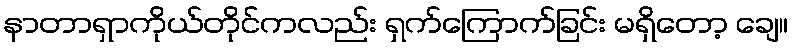
နာတာရှာကိုယ်တိုင်ကလည်း ရှက်ကြောက်ခြင်း မရှိတော့ ချေ။